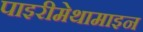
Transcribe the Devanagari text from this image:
पाइरीमेथामाइन